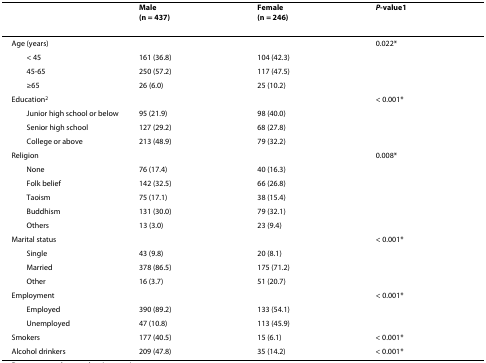
<table><thead><tr><td></td><td><b>Male(n = 437)</b></td><td><b>Female(n = 246)</b></td><td><b><i>P</i>-value<sup>1</sup></b></td></tr></thead><tbody><tr><td>Age (years)</td><td></td><td></td><td>0.022*</td></tr><tr><td> &lt; 45</td><td>161 (36.8)</td><td>104 (42.3)</td><td></td></tr><tr><td> 45-65</td><td>250 (57.2)</td><td>117 (47.5)</td><td></td></tr><tr><td> ≥65</td><td>26 (6.0)</td><td>25 (10.2)</td><td></td></tr><tr><td>Education<sup>2</sup></td><td></td><td></td><td>&lt; 0.001*</td></tr><tr><td> Junior high school or below</td><td>95 (21.9)</td><td>98 (40.0)</td><td></td></tr><tr><td> Senior high school</td><td>127 (29.2)</td><td>68 (27.8)</td><td></td></tr><tr><td> College or above</td><td>213 (48.9)</td><td>79 (32.2)</td><td></td></tr><tr><td>Religion</td><td></td><td></td><td>0.008*</td></tr><tr><td> None</td><td>76 (17.4)</td><td>40 (16.3)</td><td></td></tr><tr><td> Folk belief</td><td>142 (32.5)</td><td>66 (26.8)</td><td></td></tr><tr><td> Taoism</td><td>75 (17.1)</td><td>38 (15.4)</td><td></td></tr><tr><td> Buddhism</td><td>131 (30.0)</td><td>79 (32.1)</td><td></td></tr><tr><td> Others</td><td>13 (3.0)</td><td>23 (9.4)</td><td></td></tr><tr><td>Marital status</td><td></td><td></td><td>&lt; 0.001*</td></tr><tr><td> Single</td><td>43 (9.8)</td><td>20 (8.1)</td><td></td></tr><tr><td> Married</td><td>378 (86.5)</td><td>175 (71.2)</td><td></td></tr><tr><td> Other</td><td>16 (3.7)</td><td>51 (20.7)</td><td></td></tr><tr><td>Employment</td><td></td><td></td><td>&lt; 0.001*</td></tr><tr><td> Employed</td><td>390 (89.2)</td><td>133 (54.1)</td><td></td></tr><tr><td> Unemployed</td><td>47 (10.8)</td><td>113 (45.9)</td><td></td></tr><tr><td>Smokers</td><td>177 (40.5)</td><td>15 (6.1)</td><td>&lt; 0.001*</td></tr><tr><td>Alcohol drinkers</td><td>209 (47.8)</td><td>35 (14.2)</td><td>&lt; 0.001*</td></tr></tbody></table>